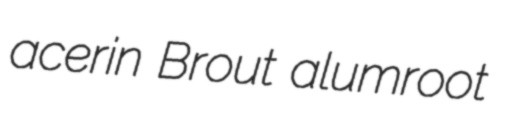
acerin Brout alumroot